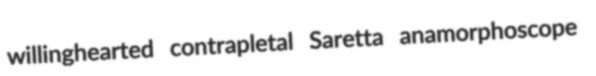
willinghearted contrapletal Saretta anamorphoscope